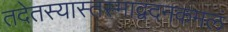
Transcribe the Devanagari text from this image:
तदेतस्यास्तस्माद्वदनकमलं